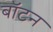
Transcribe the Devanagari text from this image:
बॉटन